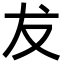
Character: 犮